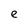
Character: e